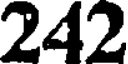
242